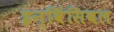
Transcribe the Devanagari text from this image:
इन्विंसिबल